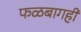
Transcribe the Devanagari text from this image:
फळबागही